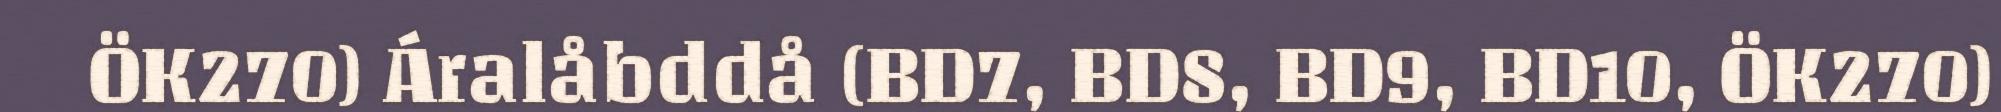
ÖK270) Áralåbddå (BD7, BD8, BD9, BD10, ÖK270)